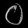
Digit: ၀